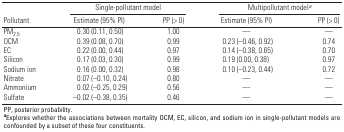
<table><thead><tr><td rowspan="2"><b>Pollutant </b></td><td colspan="2"><b>Single-pollutant model</b></td><td colspan="2"><b>Multipollutant model<sup><i>a</i></sup></b></td></tr><tr><td><b>Estimate (95% PI)</b></td><td><b>PP (&gt; 0)</b></td><td><b>Estimate (95% PI)</b></td><td><b>PP (&gt; 0)</b></td></tr></thead><tbody><tr><td><b>PM<sub>2.5</sub></b></td><td>0.30 (0.11, 0.50)</td><td>1.00</td><td>—</td><td>—</td></tr><tr><td><b>OCM</b></td><td>0.39 (0.08, 0.70)</td><td>0.99</td><td>0.23 (–0.46, 0.92)</td><td>0.74</td></tr><tr><td><b>EC</b></td><td>0.22 (0.00, 0.44)</td><td>0.97</td><td>0.14 (–0.38, 0.65)</td><td>0.70</td></tr><tr><td><b>Silicon</b></td><td>0.17 (0.03, 0.30)</td><td>0.99</td><td>0.19 (0.00, 0.38)</td><td>0.97</td></tr><tr><td><b>Sodium ion</b></td><td>0.16 (0.00, 0.32)</td><td>0.98</td><td>0.10 (–0.23, 0.44)</td><td>0.72</td></tr><tr><td><b>Nitrate</b></td><td>0.07 (–0.10, 0.24)</td><td>0.80</td><td>—</td><td>—</td></tr><tr><td><b>Ammonium</b></td><td>0.02 (–0.25, 0.29)</td><td>0.56</td><td>—</td><td>—</td></tr><tr><td><b>Sulfate</b></td><td>–0.02 (–0.38, 0.35)</td><td>0.46</td><td>—</td><td>—</td></tr><tr><td colspan="5">PP, posterior probability.<sup><i><b>a</b></i></sup>Explores whether the associations between mortality OCM, EC, silicon, and sodium ion in single-pollutant models are confounded by a subset of these four constituents.</td></tr></tbody></table>